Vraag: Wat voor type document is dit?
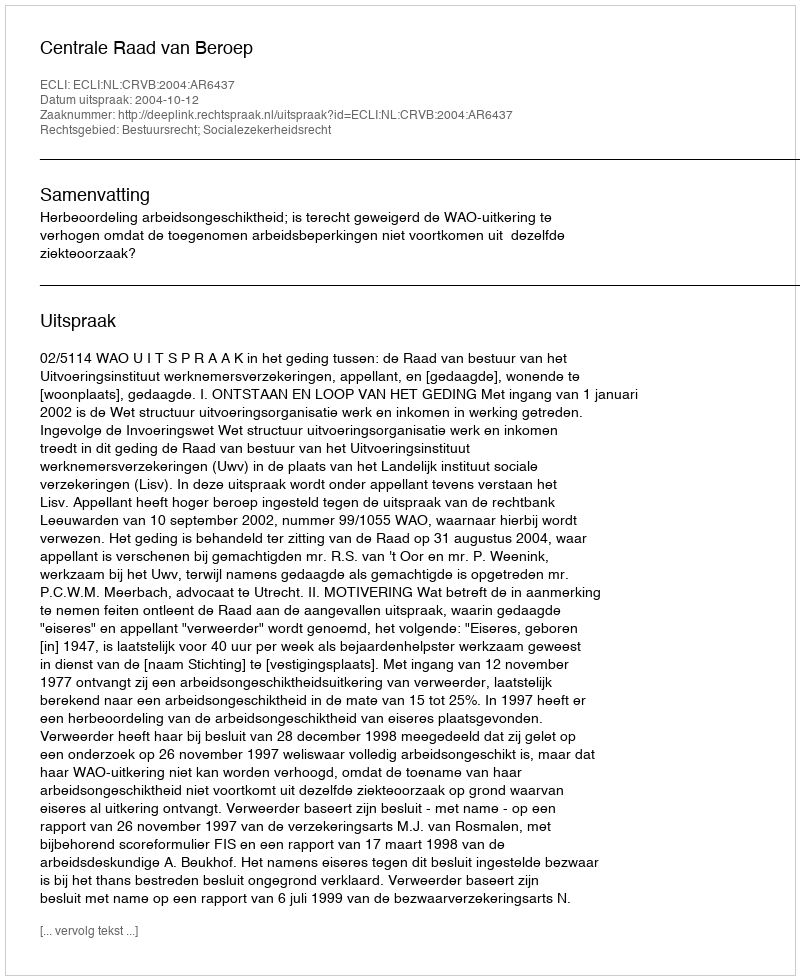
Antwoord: Uitspraak